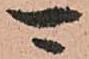
可